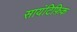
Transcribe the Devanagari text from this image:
सायंटिफ़िक